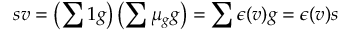
s v = \left( \sum 1 g \right) \left( \sum \mu _ { g } g \right) = \sum \epsilon ( v ) g = \epsilon ( v ) s